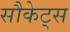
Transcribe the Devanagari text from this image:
सौकेट्स